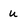
Character: u